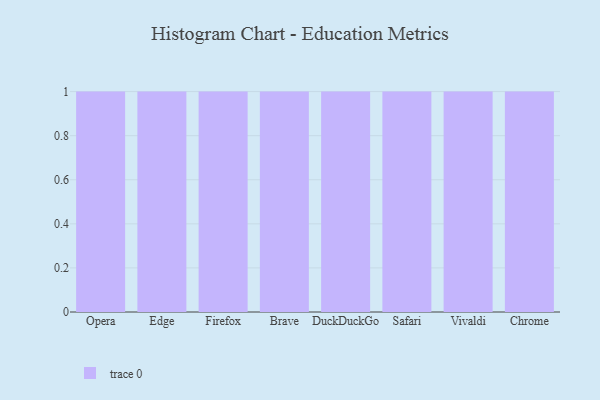
{"axis": {"x": "Browser", "y": "Revenue (USD Million)"}, "legend": [""], "data": [{"x": "Opera", "y": 98, "type": ""}, {"x": "Edge", "y": 5, "type": ""}, {"x": "Firefox", "y": 73, "type": ""}, {"x": "Brave", "y": 36, "type": ""}, {"x": "DuckDuckGo", "y": 53, "type": ""}, {"x": "Safari", "y": 27, "type": ""}, {"x": "Vivaldi", "y": 6, "type": ""}, {"x": "Chrome", "y": 90, "type": ""}]}